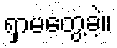
ရှာမတွေ့ခဲ့။